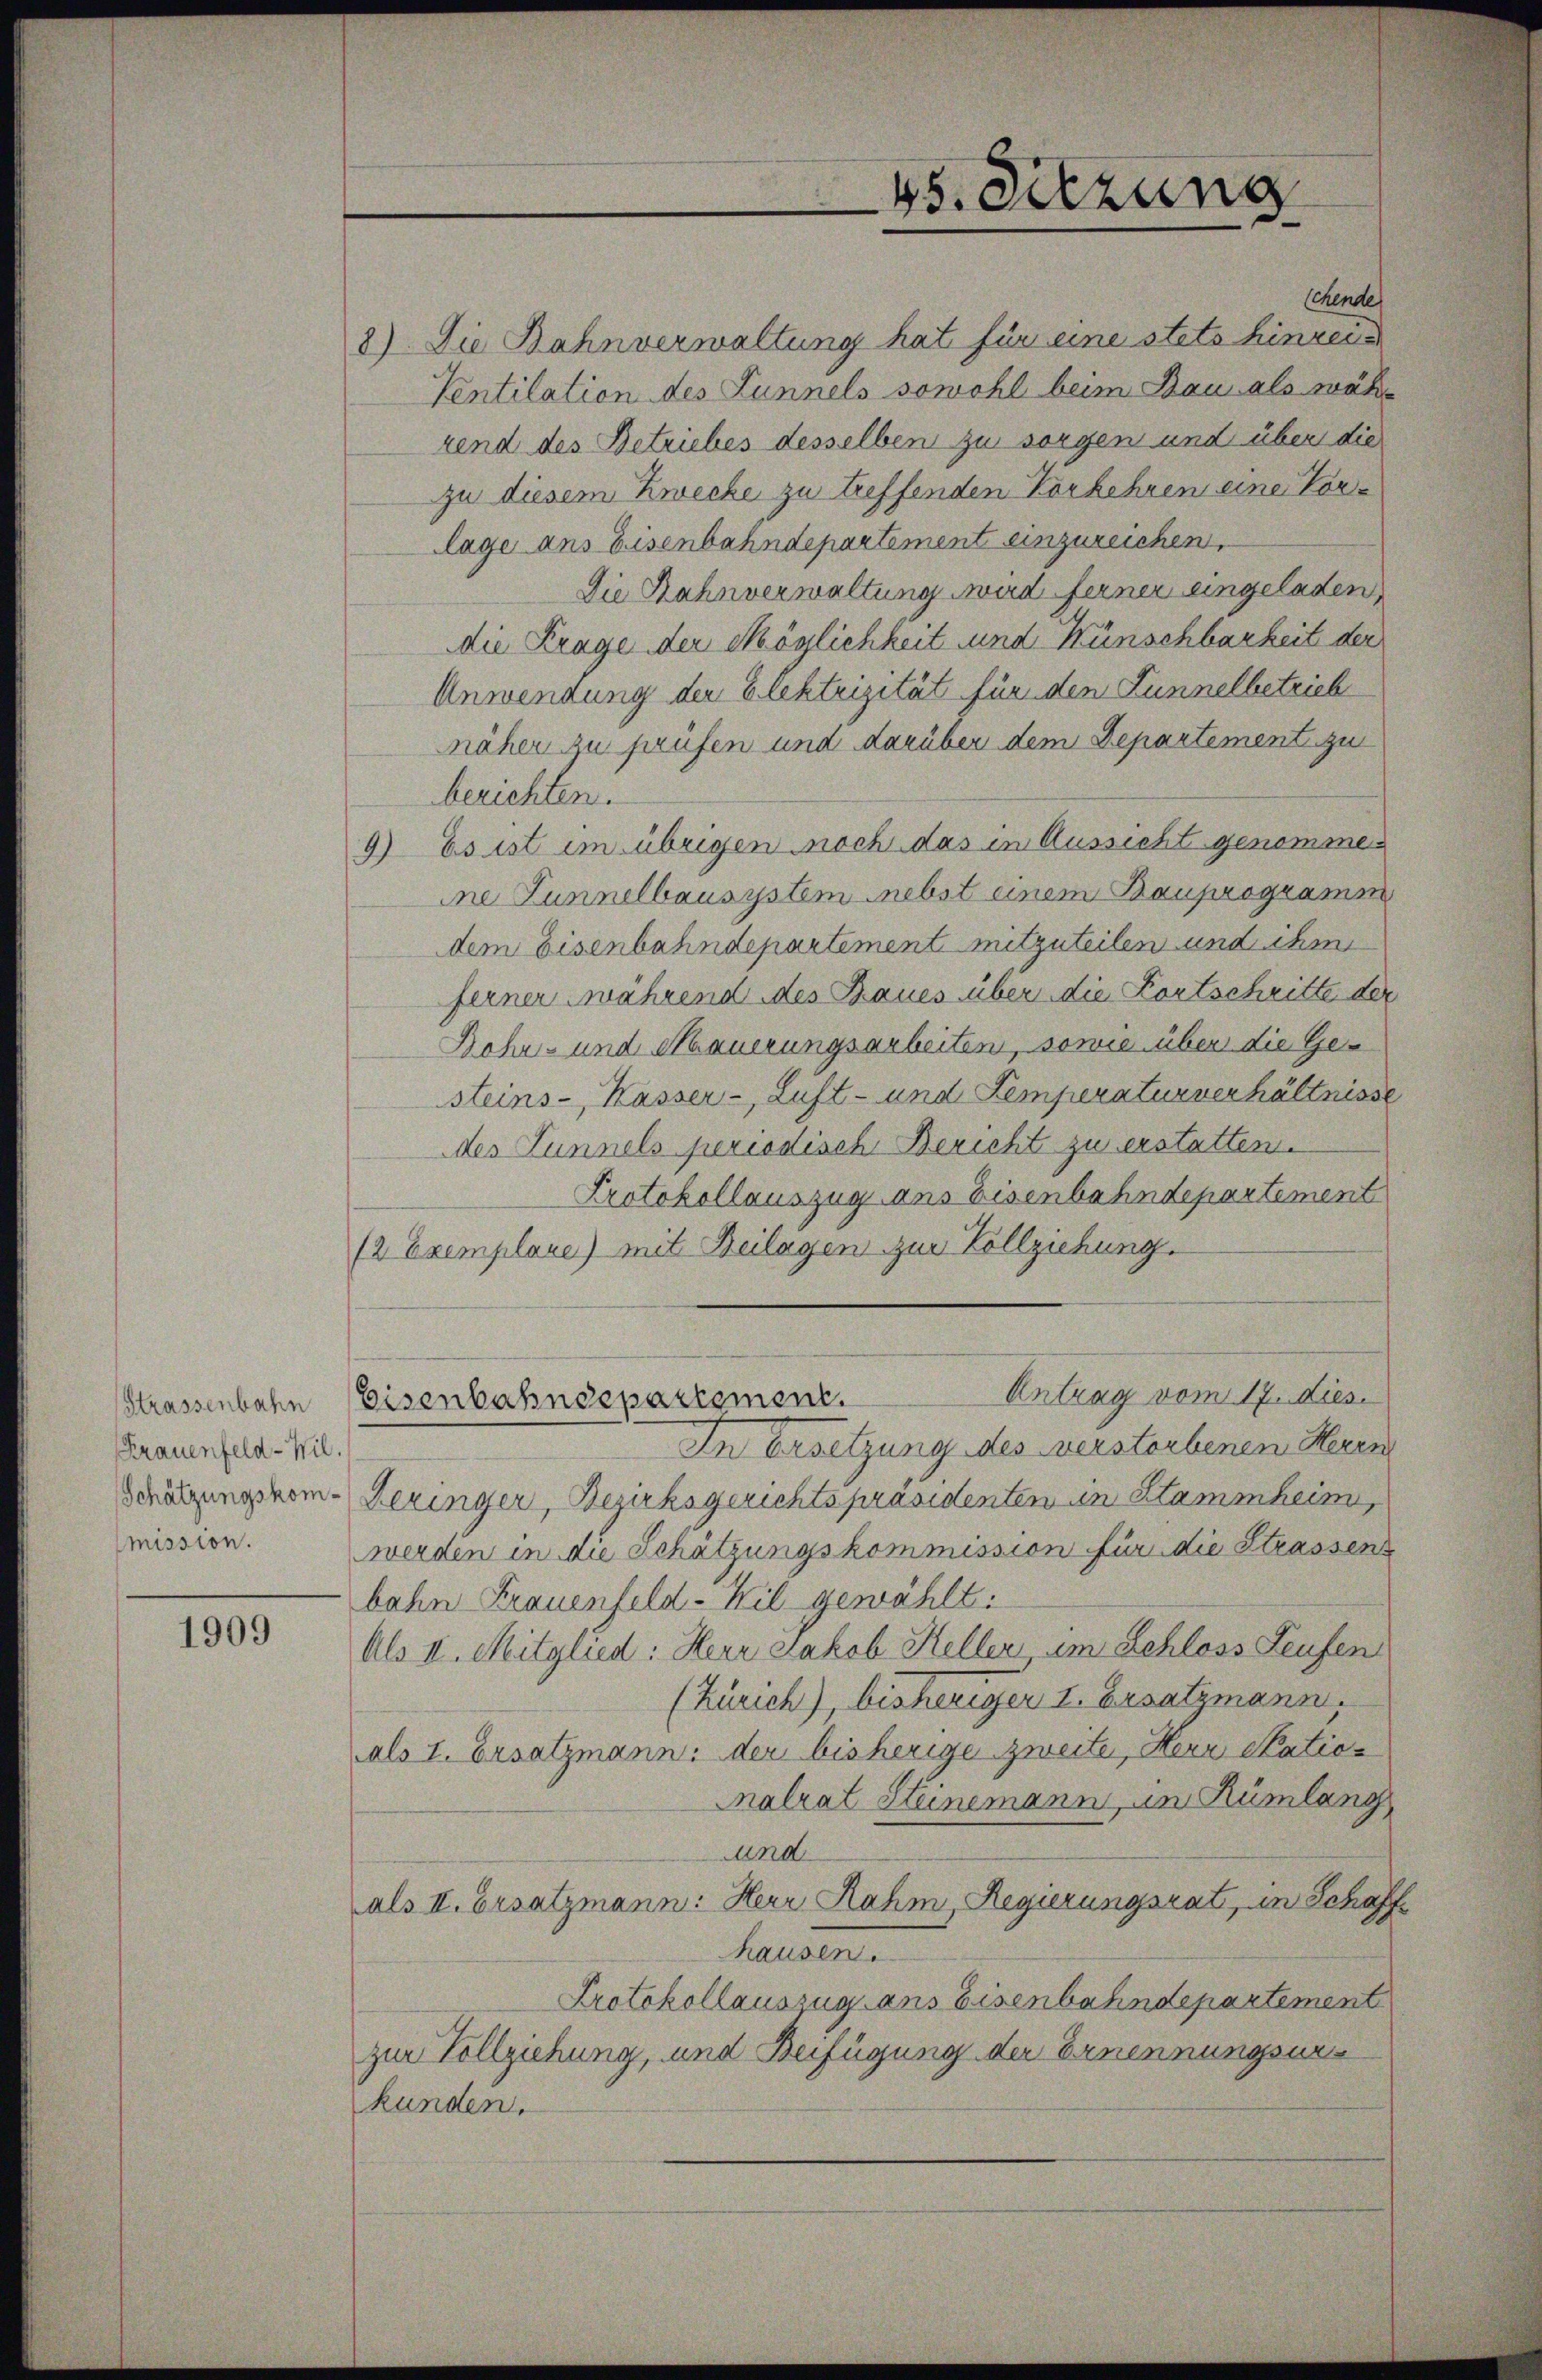
Krauenfeld-Wil.

1909

8) Die Bahnverwaltung hat für eine stets hinrei¬
Ventilation des Lunnels sowohl beim Bau als während des Betriebes desselben zu sorgen und über die
zu diesem Zwecke zu treffenden Vorkehren eine Vorlage ans Eisenbahndepartement einzureichen,
Die Rahnverwaltung wird ferner eingeladen
die Frage der Möglichkeit und Wünschbarkeit der
Anwendung der Elektrizität für den Funnelbetrieb
näher zu prüfen und darüber dem Departement zu
berichten.
9) Es ist im übrigen noch das in Aussicht genommen
ine Tunnelbausystem nebst einem Bauprogramm
dem Eisenbahndepartement mitzuteilen und ihm
ferner während des Baues über die Kortschritte der
Bohrs und Mauerungsarbeiten, sowie über die Gesteins - Kasser-, Luft- und Femperaturverhältnisse
des Tunnels periodisch Bericht zu erstatten.
Protokollauszug ans Eisenbahndepartement
(2 Exemplane) mit Beilagen zur Vollziehung.
Antrag vom 17. dies
Strassenbahn Eisenbahndepartement.
In Ersetzung des verstorbenen Heren
Schätzungskom-Dezinger, Bezirksgerichtspräsidenten in Stammheim,
mission. werden in die Schätzungskommission für die Strassens
bahn Frauenfeld-Kil gewählt:
Als II. Mitglied: Herr Jakob Heller um Schloss Teufen
(Zürich), bisherigen 1. Ersatzmann.
als I. Ersatzmann: der bisherige zweite, Herr Stationalrat Steinemann, in Rümlang
und
als II. Ersatzmann: Herr Rahm, Regierungsrat, in Schaff
hausen.
Protokollauszug aus Eisenbahndepartement
zur Vollziehung, und Beifügung der Ernennungsurkunden.

45. Setzung

schende